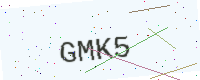
Text: GMK5